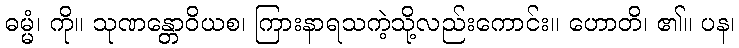
ဓမ္မံ၊ ကို။ သုဏန္တောဝိယစ၊ ကြားနာရသကဲ့သို့လည်းကောင်း။ ဟောတိ၊ ၏။ ပန၊